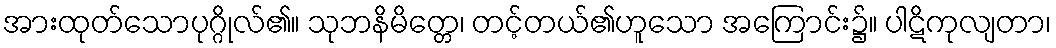
အားထုတ်သောပုဂ္ဂိုလ်၏။ သုဘနိမိတ္တေ၊ တင့်တယ်၏ဟူသော အကြောင်း၌။ ပါဋိကုလျတာ၊